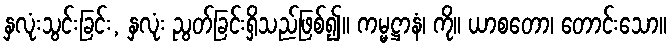
နှလုံးသွင်းခြင်း, နှလုံး ညွတ်ခြင်းရှိသည်ဖြစ်၍။ ကမ္မဋ္ဌာနံ၊ ကို။ ယာစတော၊ တောင်းသော။